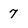
Character: 7